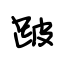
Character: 跛